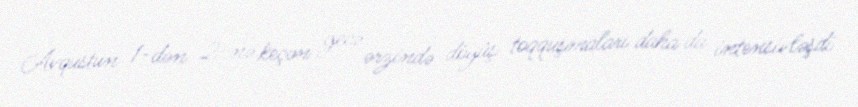
Avqustun 1-dən 2-nə keçən gecə ərzində döyüş toqquşmaları daha da intensivləşdi